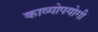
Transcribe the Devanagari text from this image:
काव्योपयोगी